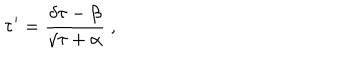
LaTeX: \tau ^ { \prime } = \frac { \delta \tau - \beta } { \gamma \tau + \alpha } \; ,